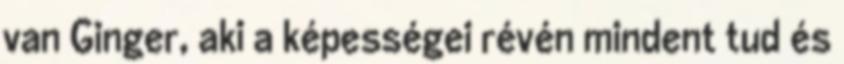
van Ginger, aki a képességei révén mindent tud és